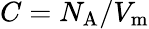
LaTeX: C=N_{\mathrm{A}}/V_{\mathrm{m}}